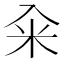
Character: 籴